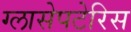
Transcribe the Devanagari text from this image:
ग्लासेपटेरिस